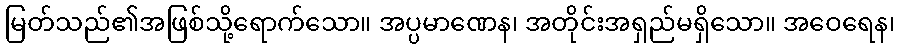
မြတ်သည်၏အဖြစ်သို့ရောက်သော။ အပ္ပမာဏေန၊ အတိုင်းအရှည်မရှိသော။ အဝေရေန၊